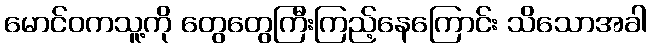
မောင်ဝကသူ့ကို တွေတွေကြီးကြည့်နေကြောင်း သိသောအခါ